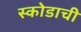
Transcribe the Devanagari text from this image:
स्कोडाची